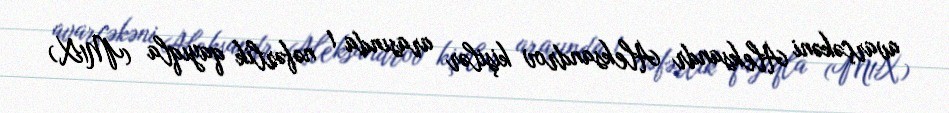
avarçəkəni Aleksandr Aleksandrov kişilər arasında 1 nəfərlik qayıqla (M1X)